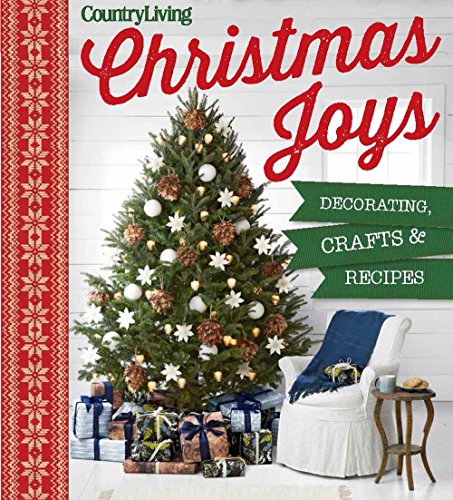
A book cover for Country Living Christmas Joys: Decorating * Crafts * Recipes; Crafts, Hobbies & Home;